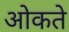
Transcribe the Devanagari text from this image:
ओकते